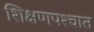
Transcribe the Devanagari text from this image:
शिक्षणपश्चात